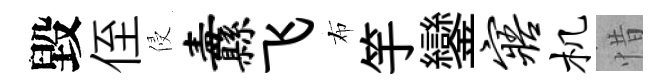
毀侄侵纛飞布竽鑾寤机惜